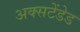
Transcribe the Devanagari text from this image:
अक्सटेंडेड